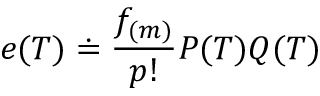
e ( T ) \doteq \frac { f _ { ( m ) } } { p ! } P ( T ) Q ( T )